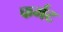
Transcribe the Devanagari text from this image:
फर्मट